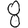
Digit: 8